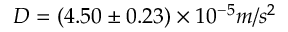
D = ( 4 . 5 0 \pm 0 . 2 3 ) \times 1 0 ^ { - 5 } m / s ^ { 2 }